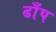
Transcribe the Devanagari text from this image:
ढाँप